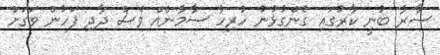
ސާރާ ބުނީ ކާރުގައި ގެންގުޅުނު ހުރިހާ ސާމާނެއް ވެސް ދާދި ފަހުން ވަގަށް